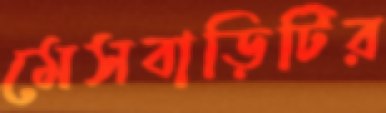
মেসবাড়িটির